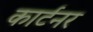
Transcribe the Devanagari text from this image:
कार्टनर